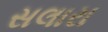
સલારા